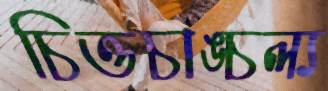
চিত্তচাঙ্চল্য